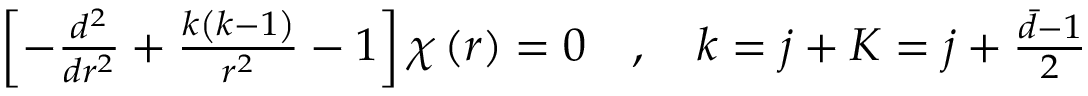
\begin{array} { r } { \left[ - \frac { d ^ { 2 } } { d r ^ { 2 } } + \frac { k \left( k - 1 \right) } { r ^ { 2 } } - 1 \right] \chi \left( r \right) = 0 \quad , \quad k = j + K = j + \frac { \bar { d } - 1 } { 2 } \; } \end{array}